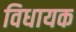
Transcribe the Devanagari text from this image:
विधायक